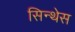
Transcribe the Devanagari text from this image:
सिन्थेस